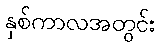
နှစ်ကာလအတွင်း